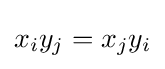
x_{i}y_{j}=x_{j}y_{i}